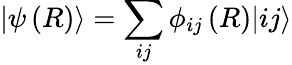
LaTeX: |\psi\left(R\right)\rangle=\sum_{ij}\phi_{ij}\left(R\right)|ij\rangle